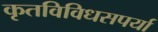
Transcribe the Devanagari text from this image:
कृतविविधसपर्या